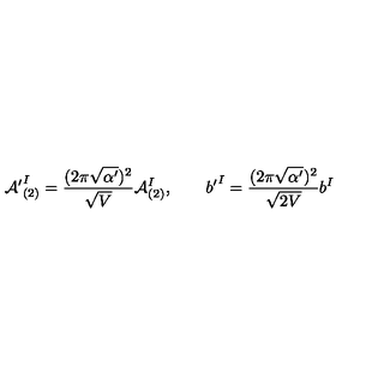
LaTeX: { { \cal A } ^ { \prime } } _ { ( 2 ) } ^ { I } = \frac { ( 2 \pi \sqrt { \alpha ^ { \prime } } ) ^ { 2 } } { \sqrt { V } } { \cal A } _ { ( 2 ) } ^ { I } , \qquad { b ^ { \prime } } ^ { I } = \frac { ( 2 \pi \sqrt { \alpha ^ { \prime } } ) ^ { 2 } } { \sqrt { 2 V } } { b } ^ { I }